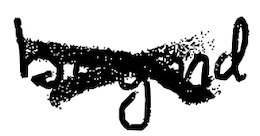
Text: beyond
Cross-out: cross
Writing tool: digital_black